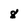
Character: 8